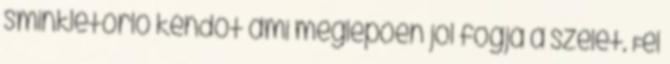
sminkletörlő kendőt ami meglepően jol fogja a szelet. Fel